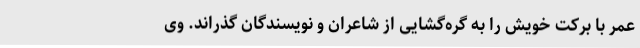
عمر با برکت خویش را به گره‌گشایی از شاعران و نویسندگان گذراند. وی